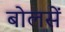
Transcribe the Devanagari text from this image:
बोलसें